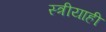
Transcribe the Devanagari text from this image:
स्त्रीयाही